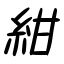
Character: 紺